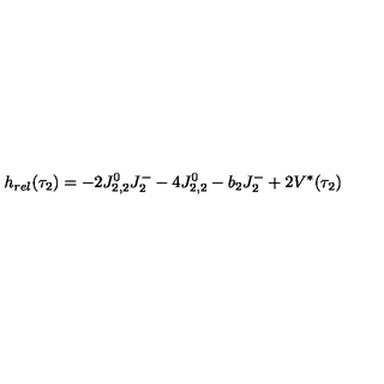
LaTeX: h _ { r e l } ( \tau _ { 2 } ) = - 2 J _ { 2 , 2 } ^ { 0 } J _ { 2 } ^ { - } - 4 J _ { 2 , 2 } ^ { 0 } - b _ { 2 } J _ { 2 } ^ { - } + 2 V ^ { * } ( \tau _ { 2 } )